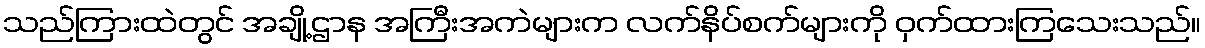
သည်ကြားထဲတွင် အချို့ဌာန အကြီးအကဲများက လက်နိပ်စက်များကို ဝှက်ထားကြသေးသည်။